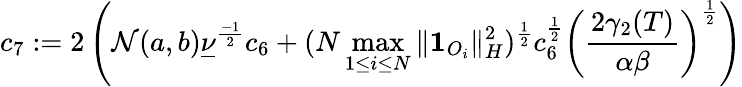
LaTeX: c_{7}:=2\left(\mathcal{N}(a,b){\underline{{\nu}}}^{\frac{-1}{2}}c_{6}+(N\operatorname*{max}_{1\leq i\leq N}\| \mathbf{1}_{O_{i}}\| _{H}^{2})^{\frac{1}{2}}c_{6}^{\frac{1}{2}}\left(\frac{2\gamma_{2}(T)}{\alpha\beta}\right)^{\frac{1}{2}}\right)